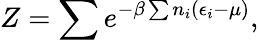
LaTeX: Z=\sum e^{-\beta\sum n_{i}(\epsilon_{i}-\mu)},